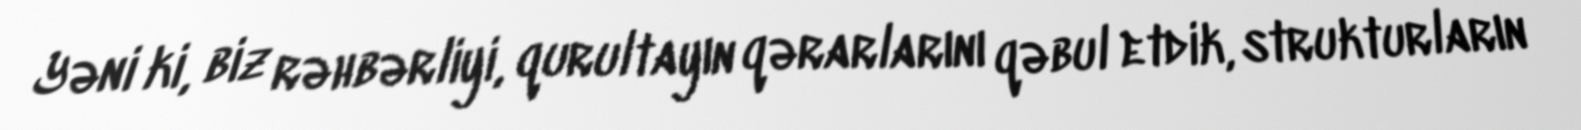
Yəni ki, biz rəhbərliyi, qurultayın qərarlarını qəbul etdik, strukturların